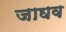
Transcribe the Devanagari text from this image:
जाघव